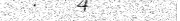
١٣٦